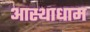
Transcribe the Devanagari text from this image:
आस्थाधाम